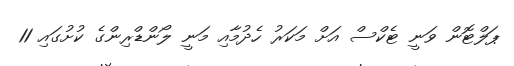
ޕަލްޓޮން ވަނީ ޓެކްސް އަށް މަކަރު ހެދުމާއި މަނީ ލޯންޑްރިންގެ ކުށުގައި 11